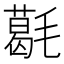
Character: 𣰌